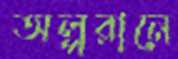
অল্পরানে